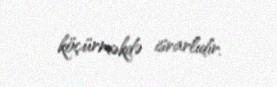
köçürməkdə israrlıdır.